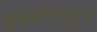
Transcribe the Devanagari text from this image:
पनवेलकडून